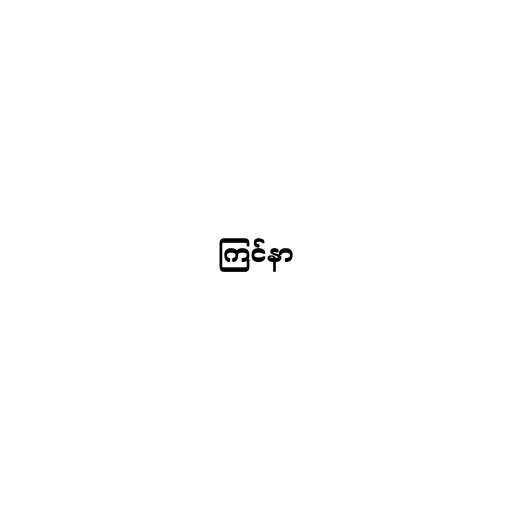
ကြင်နာ